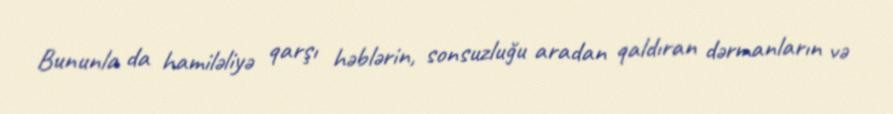
Bununla da hamiləliyə qarşı həblərin, sonsuzluğu aradan qaldıran dərmanların və